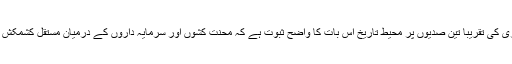
سرمایہ داری کی تقریباً تین صدیوں پر محیط تاریخ اس بات کا واضح ثبوت ہے کہ محنت کشوں اور سرمایہ داروں کے درمیان مستقل کشمکش جاری ہے۔